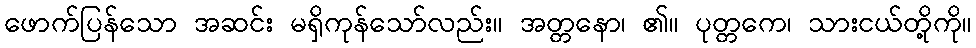
ဖောက်ပြန်သော အဆင်း မရှိကုန်သော်လည်း။ အတ္တနော၊ ၏။ ပုတ္တကေ၊ သားငယ်တို့ကို။